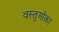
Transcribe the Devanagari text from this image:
वस्तुओंका